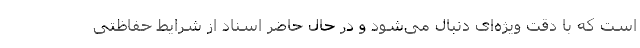
است که با دقت ویژه‌ای دنبال می‌شود و در حال حاضر اسناد از شرایط حفاظتی